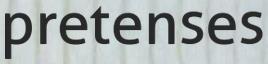
pretenses